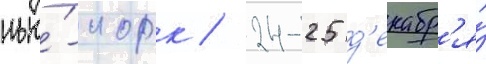
нью́-иорк / 24-25 д'екабр'я́